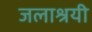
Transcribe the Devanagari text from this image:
जलाश्रयी